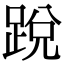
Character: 𨁑